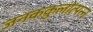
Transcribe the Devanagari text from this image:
जनककुलोत्पन्न